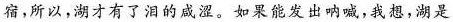
宿，所以，湖才有了泪的咸涩。如果能发出呐喊，我想，湖是